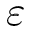
\varepsilon